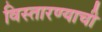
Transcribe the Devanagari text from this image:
विस्तारण्याची